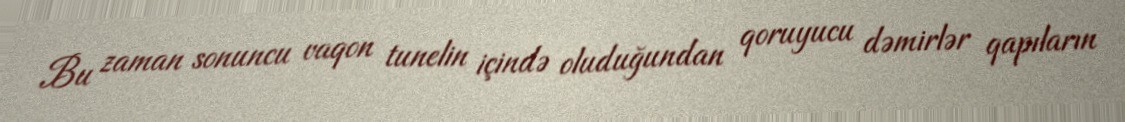
Bu zaman sonuncu vaqon tunelin içində oluduğundan qoruyucu dəmirlər qapıların